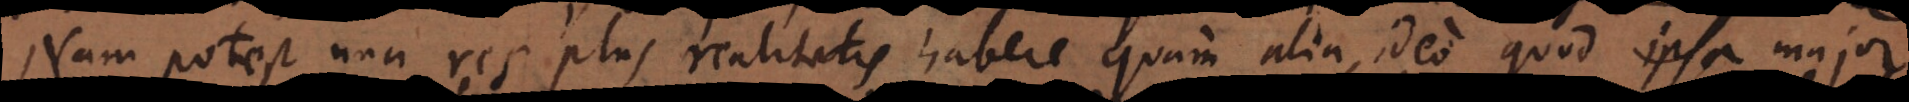
Nam potest una res plus realitatis habere quam alia, ideo quod ipsa major